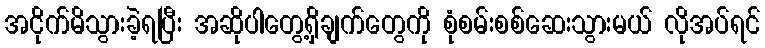
အငိုက်မိသွားခဲ့ရပြီး အဆိုပါတွေ့ရှိချက်တွေကို စုံစမ်းစစ်ဆေးသွားမယ် လိုအပ်ရင်